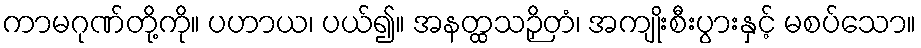
ကာမဂုဏ်တို့ကို။ ပဟာယ၊ ပယ်၍။ အနတ္ထသဉှိတံ၊ အကျိုးစီးပွားနှင့် မစပ်သော။